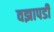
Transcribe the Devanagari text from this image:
वझापडी